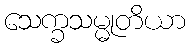
သေက္ခသမ္မုတိယာ